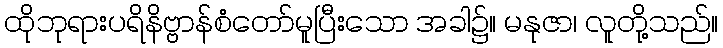
ထိုဘုရားပရိနိဗ္ဗာန်စံတော်မူပြီးသော အခါ၌။ မနုဇာ၊ လူတို့သည်။